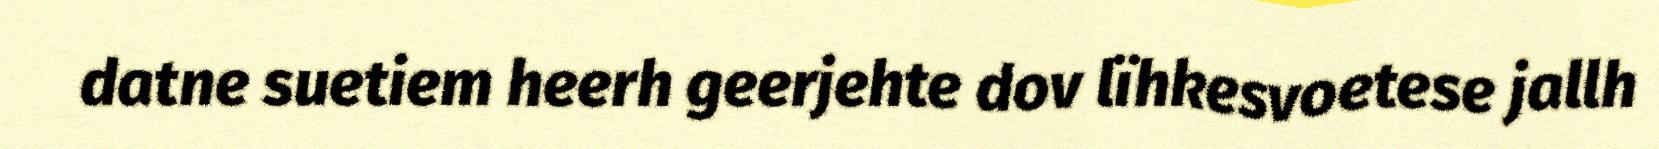
datne suetiem heerh geerjehte dov lïhkesvoetese jallh